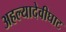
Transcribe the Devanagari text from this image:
अहल्यादेवीघाट